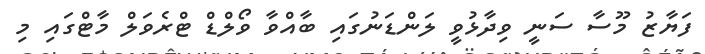
ފަޔާޒު މޫސާ ސަނީ ވިދާޅުވީ ލަންޑަނުގައި ބާއްވާ ވޯލްޑް ޓްރެވަލް މާޓްގައި މި